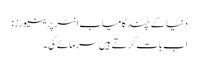
دنیا کے چند کامیاب انٹرپرینیورز:
اب بات کرتے ہیں سرمائے کی۔